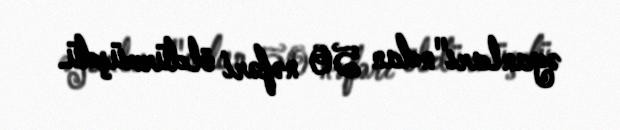
əyanları"ndan 50 nəfəri öldürmüşdü.